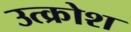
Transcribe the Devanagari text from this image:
उत्क्रोश